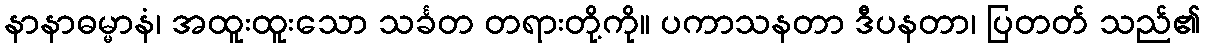
နာနာဓမ္မာနံ၊ အထူးထူးသော သင်္ခတ တရားတို့ကို။ ပကာသနတာ ဒီပနတာ၊ ပြတတ် သည်၏